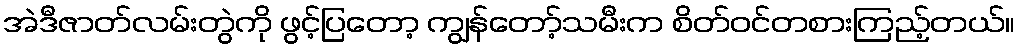
အဲဒီဇာတ်လမ်းတွဲကို ဖွင့်ပြတော့ ကျွန်တော့်သမီးက စိတ်ဝင်တစားကြည့်တယ်။